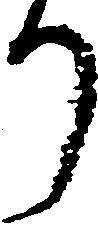
り